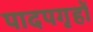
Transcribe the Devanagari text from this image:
पादपगृहों